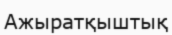
Ажыратқыштық